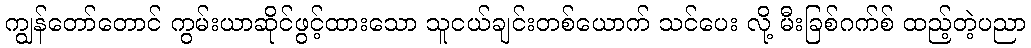
ကျွန်တော်တောင် ကွမ်းယာဆိုင်ဖွင့်ထားသော သူငယ်ချင်းတစ်ယောက် သင်ပေး လို့ မီးခြစ်ဂက်စ် ထည့်တဲ့ပညာ